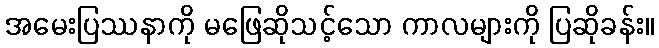
အမေးပြဿနာကို မဖြေဆိုသင့်သော ကာလများကို ပြဆိုခန်း။